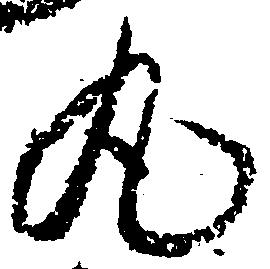
丸